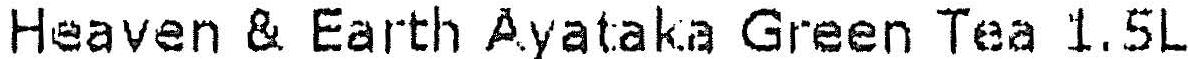
HEAVEN & EARTH AYATAKA GREEN TEA 1.5L